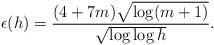
LaTeX: \begin{align*}\epsilon (h) = \frac{(4+7m) \sqrt{\log (m+1)}}{\sqrt{\log \log h}}.\end{align*}